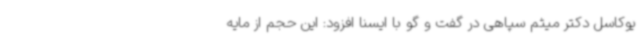
یوکاسل دکتر میثم سپاهی در گفت و گو با ایسنا افزود: این حجم از مایه